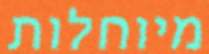
מיוחלות